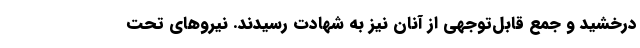
درخشید و جمع قابل‌توجهی از آنان نیز به شهادت رسیدند. نیروهای تحت‌